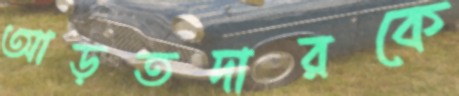
আড়তদারকে